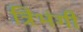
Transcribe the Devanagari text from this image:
त्रिभंगीं